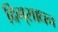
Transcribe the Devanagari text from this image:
दिग्‌साधन